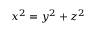
x ^ { 2 } = y ^ { 2 } + z ^ { 2 }